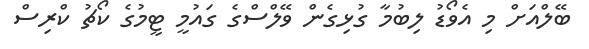
ބޭލްއަށް މި އެވޯޑު ލިބުމާ ގުޅިގެން ވޭލްސްގެ ގައުމީ ޓީމުގެ ކޯޗު ކްރިސް